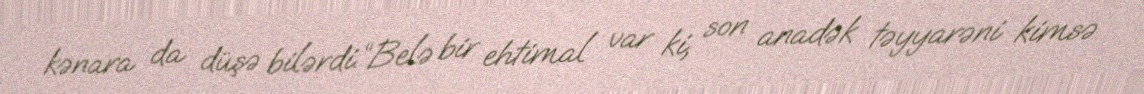
kənara da düşə bilərdi.“Belə bir ehtimal var ki, son anadək təyyarəni kimsə